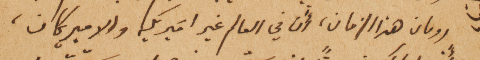
رومان هذا الزمان، أن في العالم غير اميريكي والاميريكان،